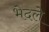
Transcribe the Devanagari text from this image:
भेदले